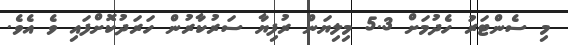
މި ސެންޓަރު ހެދުމަށް 5.3 މިލިޔަން ރުފިޔާ ސަރުކާރުން ހަރަދުކޮށްފައި ވެ އެވެ.